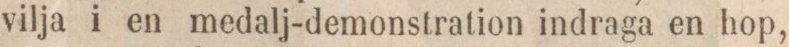
vilja i en medalj-demonstration indraga en hop,